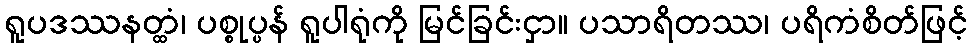
ရူပဒဿနတ္ထံ၊ ပစ္စုပ္ပန် ရူပါရုံကို မြင်ခြင်းငှာ။ ပသာရိတဿ၊ ပရိကံစိတ်ဖြင့်